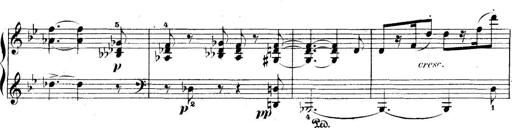
Title: 5 Sonatinas
Composer: Theodor Kirchner